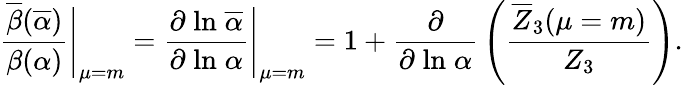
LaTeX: {\frac{\overline{{{\beta}}}(\overline{{\alpha}})}{\beta(\alpha)}}{\Bigg|}_{\mu=m}={\frac{\partial\; \mathrm{ln}\; \overline{{{\alpha}}}}{\partial\; \mathrm{ln}\; \alpha}}{\Bigg|}_{\mu=m}=1+{\frac{\partial}{\partial\; \mathrm{ln}\; \alpha}}\left({\frac{\overline{{{Z}}}_{3}(\mu=m)}{Z_{3}}}\right).